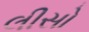
લીસો